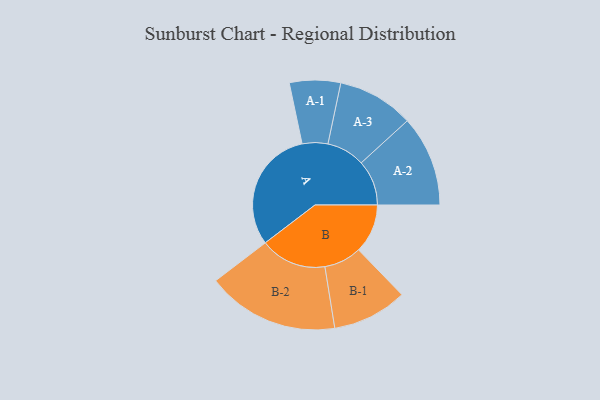
{"axis": {"x": "Segment", "y": "Value"}, "legend": ["", "A", "B"], "data": [{"x": "A", "y": 498, "type": ""}, {"x": "B", "y": 198, "type": ""}, {"x": "A-1", "y": 103, "type": "A"}, {"x": "A-2", "y": 183, "type": "A"}, {"x": "A-3", "y": 154, "type": "A"}, {"x": "B-1", "y": 151, "type": "B"}, {"x": "B-2", "y": 267, "type": "B"}]}